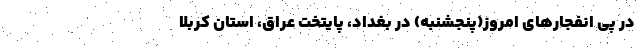
در پی انفجارهای امروز(پنجشنبه) در بغداد، پایتخت عراق، استان کربلا